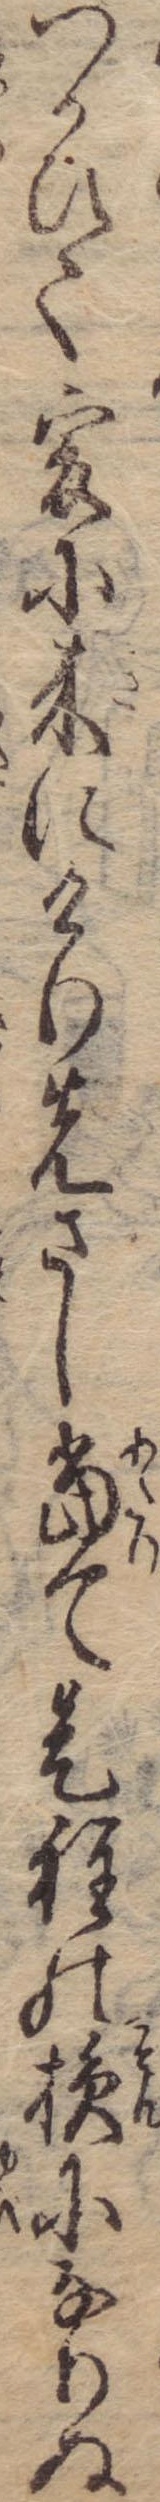
つかひて爰に来にけり先さし当て是程の損になりぬ